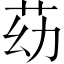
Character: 苭